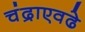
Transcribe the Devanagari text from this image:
चंद्राएवढे